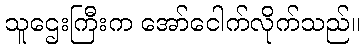
သူဌေးကြီးက အော်ငေါက်လိုက်သည်။